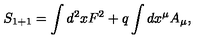
S _ { 1 + 1 } = \int d ^ { 2 } x F ^ { 2 } + q \int d x ^ { \mu } A _ { \mu } ,